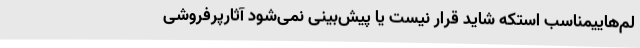
لم‌هاییمناسب استکه شاید قرار نیست یا پیش‌بینی نمی‌شود آثارپرفروشی